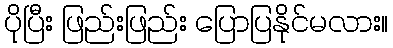
ပိုပြီး ဖြည်းဖြည်း ပြောပြနိုင်မလား။